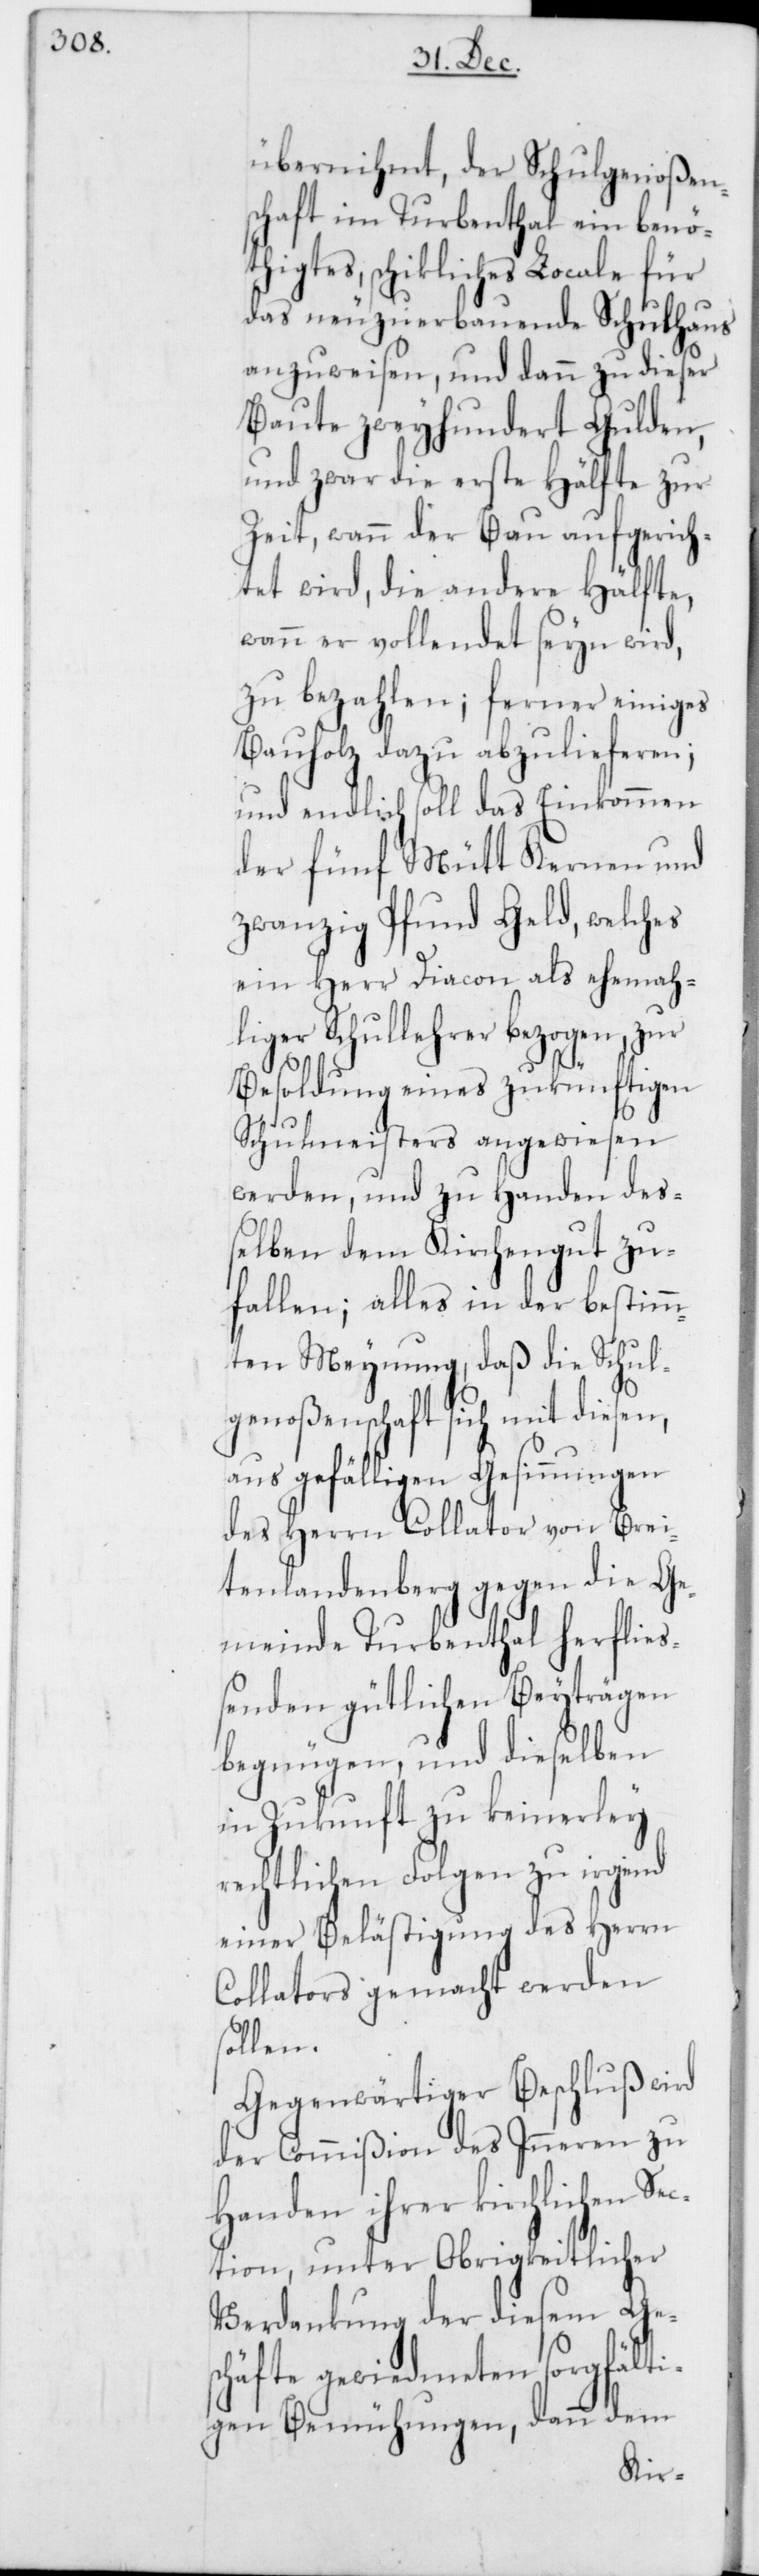
übernihmt, der Schulgenoßen¬
schaft im Turbenthal ein benö¬
thigtes schikliches Locale für
das neuzuerbauende Schulhaus
anzuweisen, und dann zu dieser
Baute zweyhundert Gulden,
und zwar die erste Hälfte zur
Zeit, wann der Bau aufgerich¬
tet wird, die andere Hälfte,
wann er vollendet seyn wird,
zu bezahlen; ferner einiges
Bauholz dazu abzulieferen;
und endlich soll das Einkommen
der fünf Mütt Kernen und
zwanzig Pfund Geld, welches
ein Herr Diacon als ehemah¬
liger Schullehrer bezogen, zur
Besoldung eines zukünftigen
Schulmeisters angewiesen
werden, und zu Handen de¬
ßelben dem Kirchengut zu¬
fallen; alles in der bestimm¬
ten Meynung, daß die Schul¬
genoßenschaft sich mit diesen,
aus gefälligen Gesinnungen
des Herrn Collator von Brei¬
tenlandenberg gegen die Ge¬
meinde Turbenthal herflie¬
ßenden gütlichen Beyträgen
begnügen, und dieselben
in Zukunft zu keinerley
rechtlichen Folgen zu irgend
einer Belästigung des Herrn
Collators gemacht werden
sollen.
Gegenwärtiger Beschluß wird
der Commißion des Inneren zu
Handen ihrer kirchlichen Sec¬
tion, unter Obrigkeitlicher
Verdankung der diesem Ge¬
schäfte gewiedmeten sorgfält¬
igen Bemühungen, dann dem